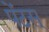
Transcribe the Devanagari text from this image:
पेंटस्